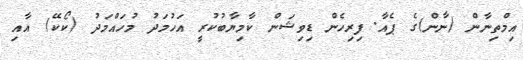
އިމްތިނާން (ނާން)ގެ ޕެއާ. ފިރިހެން ޑިވިޝަން ކާމިޔާބުކުރީ އަހުމަދު މުހައްމަދު (ކޯކޭ) އާއި